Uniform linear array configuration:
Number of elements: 48
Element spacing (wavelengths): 0.5
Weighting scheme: binomial
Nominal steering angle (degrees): -45
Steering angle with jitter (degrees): -43.058
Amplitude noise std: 0.05
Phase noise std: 0.05

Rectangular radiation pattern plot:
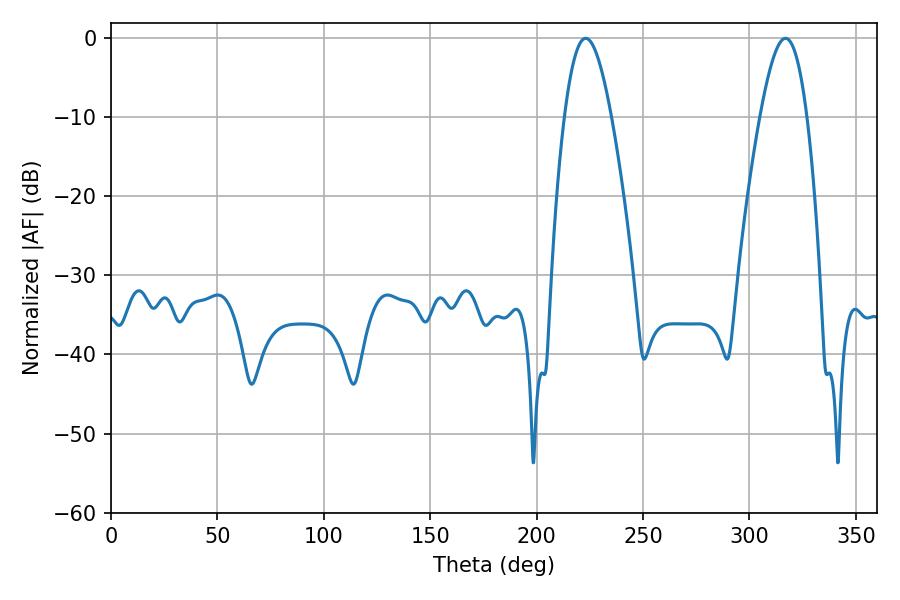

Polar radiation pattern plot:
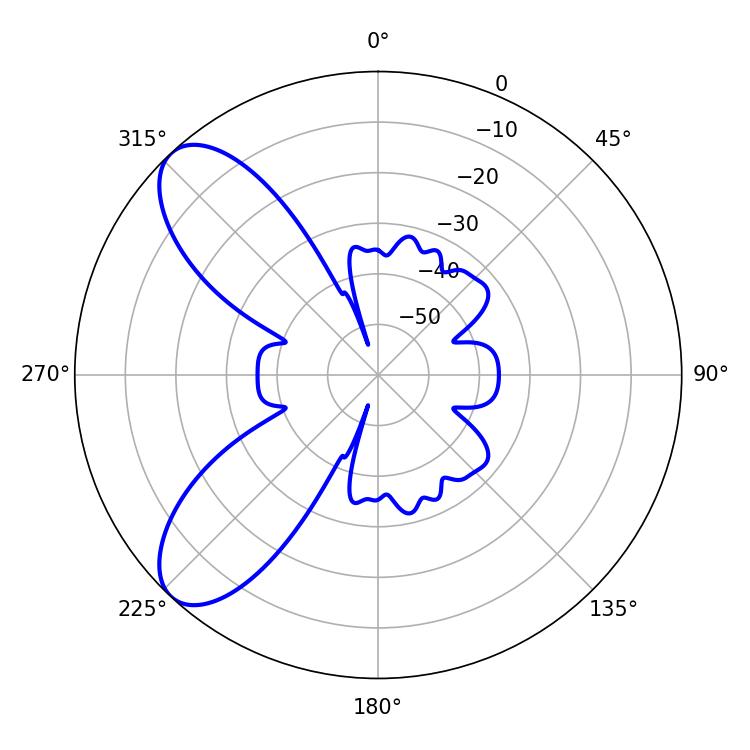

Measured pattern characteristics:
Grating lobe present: FALSE
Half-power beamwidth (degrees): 11.88
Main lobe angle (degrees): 223.02